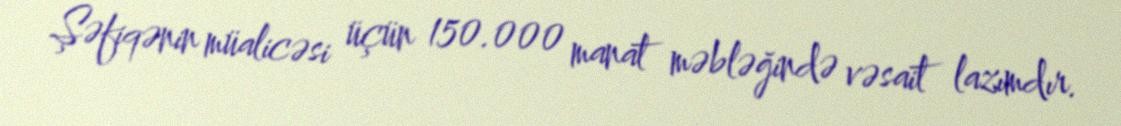
Şəfiqənin müalicəsi üçün 150.000 manat məbləğində vəsait lazımdır.